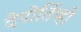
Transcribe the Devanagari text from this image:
देपोर्तिव्हो